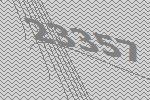
23357